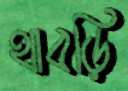
থাবড়ি